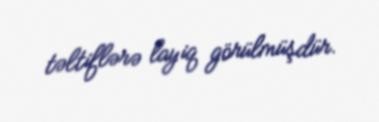
təltiflərə layiq görülmüşdür.